Supplement to the account of plague administration in the Bombay Presidency from September 1896 till May 1897
Year: 1896
Disease focus: Plague
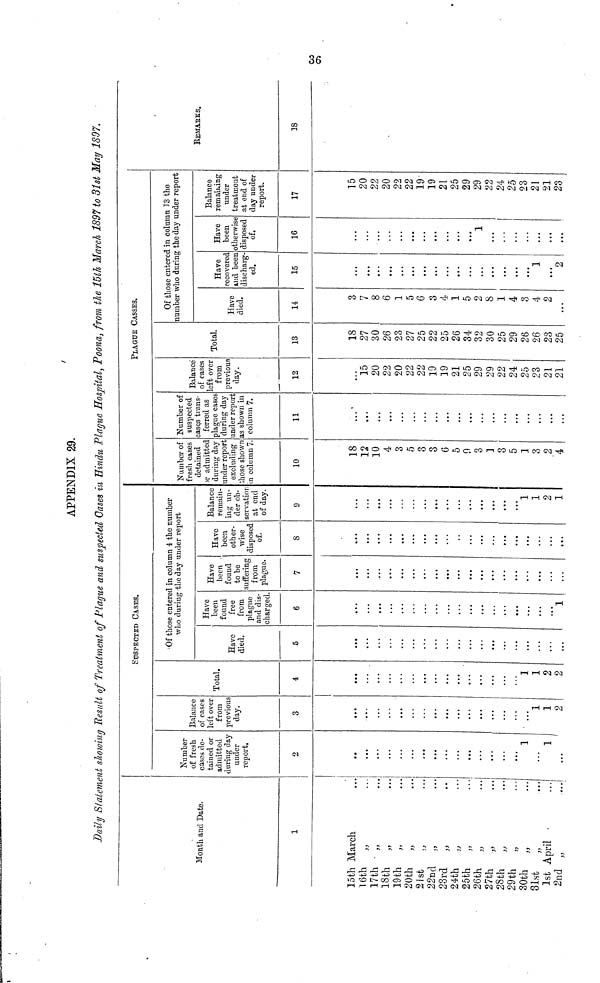
APPENDIX 29.
Daily Statement showing Result of Treatment of Plague and suspected Oases in Hindu Plague Hospital, Poona, from the 15th March 1897 to 31st May 1897.
SUSPECTED CASES.
Month and Date.
15th
16th
17th
18th
19th
20th
21st
22nd
23rd
24th
25th
26th
27th
28th
29th
30th
31st
1st
2nd
1
March
,,
,,
,,
,,
,,
,,
,,
,,
,,
,,
,,
,,
,,
,,
,,
,,
April
,,
...
...
...
...
...
...
...
...
...
...
...
...
...
...
...
...
...
...
...
Number
of fresh
cases de-
tained or
admitted
during day
under
report.
2
...
...
...
...
...
...
...
...
...
...
...
...
...
...
...
1
...
1
...
Balance
of cases
left over
from
previous
day.
3
...
...
...
...
...
...
...
...
...
...
...
...
...
...
...
...
1
1
2
Total.
4
...
...
...
...
...
...
...
...
...
...
...
...
...
...
...
1
1
2
2
'Of those entered in column 4 the number
who during the day under report
Have
died.
5
...
...
...
...
...
...
...
...
...
...
...
...
...
...
...
...
...
...
...
Have
been
found
free
from
plague
and dis-
charged.
6
...
...
...
...
...
...
...
...
...
...
...
...
...
...
...
...
...
...
1
Have
been
found
to be
suffering
from
plague.
7
...
...
...
...
...
...
...
...
...
...
...
...
...
...
...
...
...
...
...
Have
been
other-
wise
disposed
of.
8
...
...
...
...
...
...
...
...
...
...
...
...
...
...
...
...
...
...
...•
Balance
remain-
ing un-
der ob-
servatior
at end
of day.
9
...
...
...
...
...
...
...
...
...
...
...
...
...
...
...
1
1
2
1
PLAGUE CASSES.
Number of
fresh cases
detained
or admitted
during day
under report
excluding
those shown
in column 7.
10
18
12
10
4
3
5
3
3
6
5
9
3
1
3
5
1
3
2
4
Number of
suspected
cases trans-
ferred as
plague cases
during day
under report
as shown in
column 7.
11
...
...
...
...
...
...
...
...
...
...
...
...
...
...
...
...
...
...
...
Balance
of cases
left over
from
previous
day.
12
...
15
20
22
20
22
22
19
19
21
25
29
29
22
24
25
23
21
21
Total.
13
18
27
30
26
23
27
25
22
25
26
34
32
30
25
29
26
26
23
25
Of those entered in column 13 the
number who during the day under report
Have
died.
14
3
7
8
6
1
5
6
3
4
1
5
2
8
1
4
3
4
2
...
Have
recovered
and been
discharg-
ed.
15
...
...
...
...
...
...
...
...
...
...
...
...
...
...
...
...
1
...
2
Have
been
otherwise
disposed
of.
16
...
...
...
...
...
...
...
...
...
...
...
1
...
...
...
...
...
...
...
Balance
remaining
under
treatment
at end of
day under
report.
17
15
20
22
20
22
22
19
19
21
25
29
29
22
24
25
23
21
21
23
REMARKS.
18
36